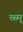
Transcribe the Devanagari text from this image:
च्च्म्